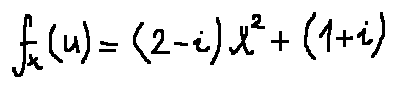
f _ { x } ( u ) = ( 2 - i ) x ^ { 2 } + ( 1 + i )